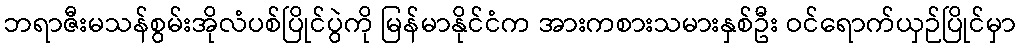
ဘရာဇီးမသန်စွမ်းအိုလံပစ်ပြိုင်ပွဲကို မြန်မာနိုင်ငံက အားကစားသမားနှစ်ဦး ဝင်ရောက်ယှဉ်ပြိုင်မှာ